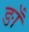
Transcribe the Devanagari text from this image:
ङाँ